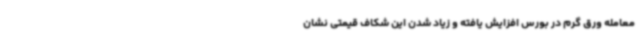
معامله ورق گرم در بورس افزایش یافته و زیاد شدن این شکاف قیمتی نشان